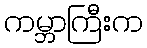
ကမ္ဘာကြီးက